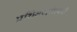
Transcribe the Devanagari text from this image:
प्रशिक्षणसंस्थेची